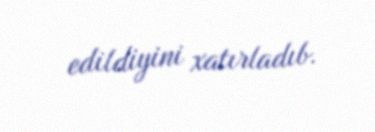
edildiyini xatırladıb.